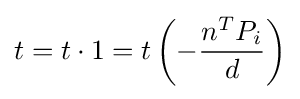
t=t\cdot 1=t\left(-{\frac {n^{T}P_{i}}{d}}\right)